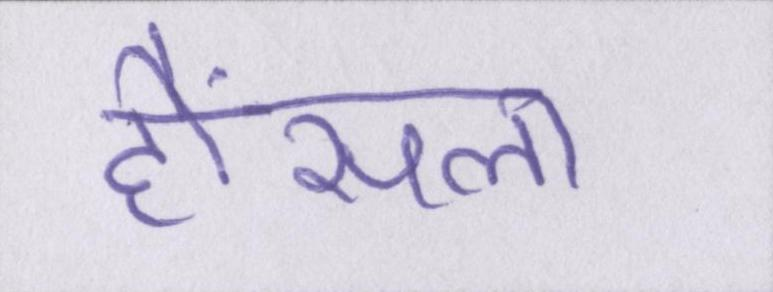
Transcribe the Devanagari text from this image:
हौंसला